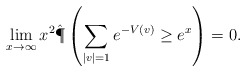
\begin{align*} \lim_{x \to \infty} x^2 \hat{\P}\left(\sum_{|v|=1} e^{-V(v)} \geq e^x \right) = 0.\end{align*}